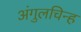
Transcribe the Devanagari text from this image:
अंगुलचिन्ह